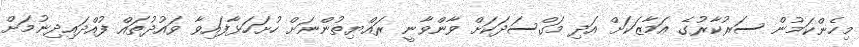
މިހެންކަމުން ސަރުކާރުގެ އަމާޒަކަށް އަދި މަގްސަދަކަށް ވާންވާނީ ރައްޔިތުންނަށް ހުށަހަޅާފައިވާ ވައުދުތައް ފުއްދައިދިނުމަށް